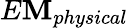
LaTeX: E\mathbf{M}_{physical}